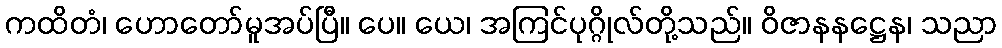
ကထိတံ၊ ဟောတော်မူအပ်ပြီ။ ပေ။ ယေ၊ အကြင်ပုဂ္ဂိုလ်တို့သည်။ ဝိဇာနနဋ္ဌေန၊ သညာ